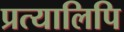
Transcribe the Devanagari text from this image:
प्रत्यालिपि